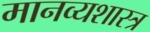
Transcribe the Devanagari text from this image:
मानव्यशास्त्र